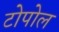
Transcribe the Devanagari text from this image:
टोपोल